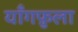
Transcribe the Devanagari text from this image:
याँगफ़ुला